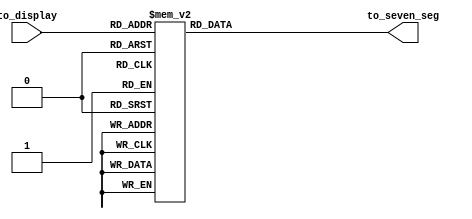
/*
   This file was generated automatically by the Mojo IDE version B1.3.6.
   Do not edit this file directly. Instead edit the original Lucid source.
   This is a temporary file and any changes made to it will be destroyed.
*/

module display_seven_seg_1 (
    input [3:0] to_display,
    output reg [7:0] to_seven_seg
  );
  
  
  
  always @* begin
    to_seven_seg = 8'h00;
    
    case (to_display)
      4'h0: begin
        to_seven_seg = 8'h7e;
      end
      4'h1: begin
        to_seven_seg = 8'h60;
      end
      4'h2: begin
        to_seven_seg = 8'h3d;
      end
      4'h3: begin
        to_seven_seg = 8'h79;
      end
      4'h4: begin
        to_seven_seg = 8'h63;
      end
      4'h5: begin
        to_seven_seg = 8'h5b;
      end
      4'h6: begin
        to_seven_seg = 8'h5f;
      end
      4'h7: begin
        to_seven_seg = 8'h70;
      end
      4'h8: begin
        to_seven_seg = 8'h7f;
      end
      4'h9: begin
        to_seven_seg = 8'h73;
      end
      default: begin
        to_seven_seg = 8'h7e;
      end
    endcase
  end
endmodule